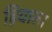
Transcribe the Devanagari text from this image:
हियाला